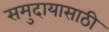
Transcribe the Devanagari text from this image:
समुदायासाठी